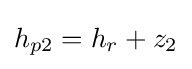
h_{p2}=h_{r}+z_{2}